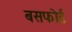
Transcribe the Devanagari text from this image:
बसफोर्ड